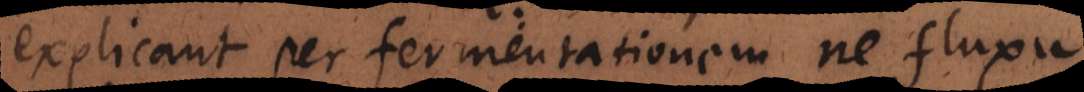
explicant per fermentationem ne fluxu